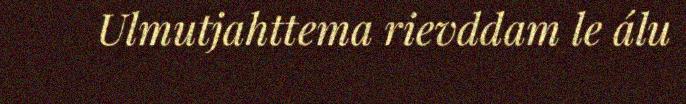
Ulmutjahttema rievddam le álu